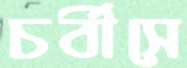
চর্বীসে